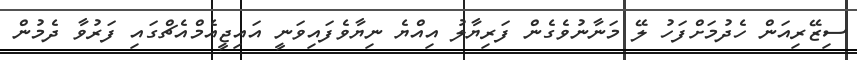
ސިޒޭރިއަން ހެދުމަށްފަހު ލޭ މަނާނުވެގެން ފަރިޔާލު އިއްޔެ ނިޔާވެފައިވަނީ އައިޖީއެމްއެޗްގައި ފަރުވާ ދެމުން